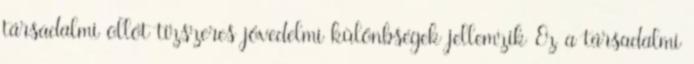
társadalmi ollót tízszeres jövedelmi különbségek jellemzik Ez a társadalmi